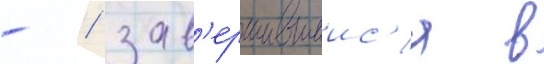
- / зав'ершившиис'я в